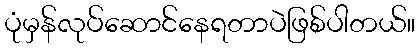
ပုံမှန်လုပ်ဆောင်နေရတာပဲဖြစ်ပါတယ်။